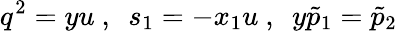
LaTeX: q^{2}=yu\ ,\ \ s_{1}=-x_{1}u\ ,\ \ y\tilde{p}_{1}=\tilde{p}_{2}